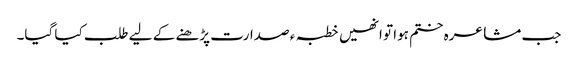
جب مشاعرہ ختم ہوا تو انھیں خطبہ ء صدارت پڑھنے کے لیے طلب کیا گیا۔